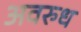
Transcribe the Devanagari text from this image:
अवरुध